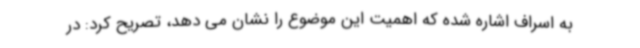
به اسراف اشاره شده که اهمیت این موضوع را نشان می دهد، تصریح کرد: در